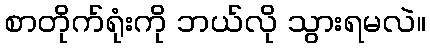
စာတိုက်ရုံးကို ဘယ်လို သွားရမလဲ။